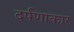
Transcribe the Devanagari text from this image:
दर्पणाकार